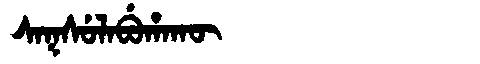
Manchu: ᠰᠠᡴᠰᡠᠯᠠᠪᡠᡥᠠᡴᡡ
Romanization: SAKSULABUHAKŪ